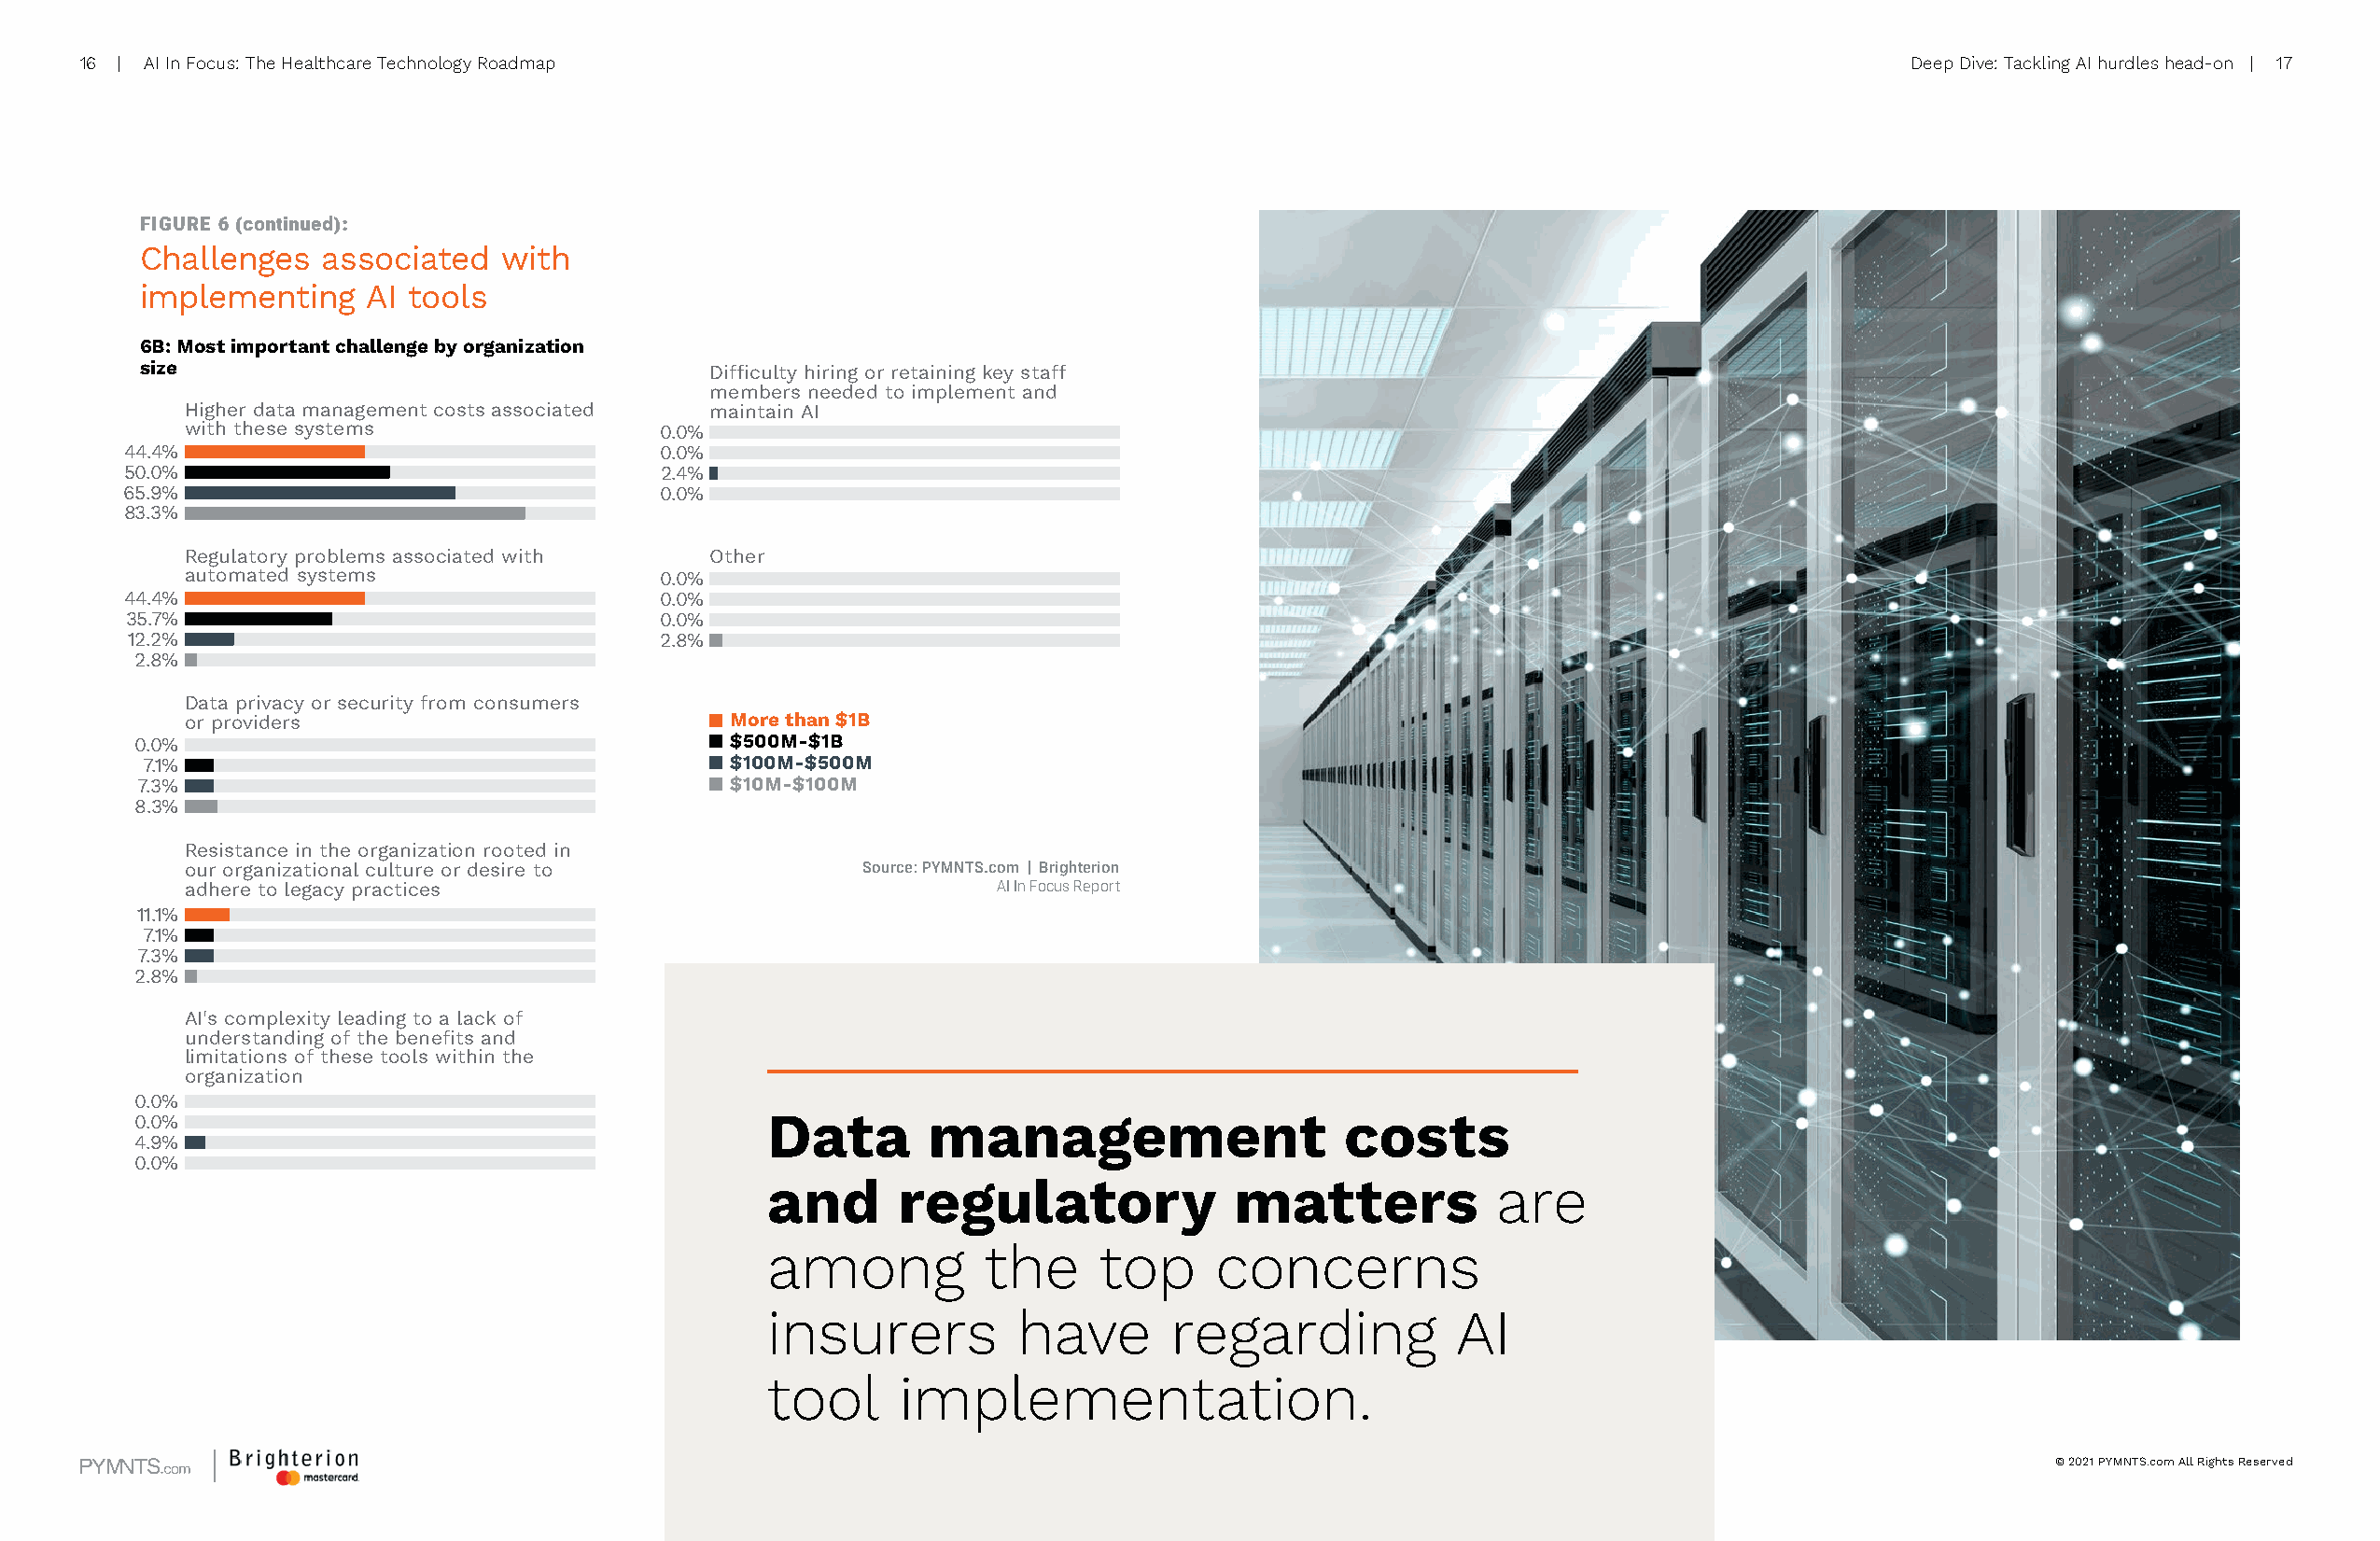
16 | AI In Focus: The Healthcare Technology Roadmap                                                                               Deep Dive: Tackling AI hurdles head-on | 17
 FIGURE 6 (continued):
 Challenges   associated   with
 implementing    AI tools
 6B: Most important challenge by organization
 size                                    Difficulty hiring or retaining key staff
 members needed to implement and
 Higher data management costs associated maintain AI
 with these systems                0.0%
 44.4% 0000000044                      0.0%
 50.0% 0000000050                      2.4% 0000000002
 65.9% 0000000066                      0.0%
 83.3%
 0000000083
 Regulatory problems associated with  Other
 automated systems                 0.0%
 44.4% 0000000044                      0.0%
 35.7% 0000000036                      0.0%
 12.2% 0000000012                      2.8% 0000000003
 2.8%
 0000000003
 Data privacy or security from consumers
 or providers                           More than $1B
 0.0%                                      $500M-$1B
 7.1%                                      $100M-$500M
 0000000007
 7.3%                                      $10M-$100M
 0000000007
 8.3%
 0000000008
 Resistance in the organization rooted in
 our organizational culture or desire to         Source: PYMNTS.com | Brighterion
 adhere to legacy practices                                AI In Focus Report
 11.1%
 0000000011
 7.1%
 0000000007
 7.3%
 0000000007
 2.8%
 0000000003
 AI's complexity leading to a lack of
 understanding of the benefits and
 limitations of these tools within the
 organization
 0.0%
 0.0%                                        Data        management                   costs
 4.9%
 0000000005
 0.0%
 and       regulatory              matters           are
 among           the     top     concerns
 insurers          have       regarding           AI
 tool      implementation.
 © 2021 PYMNTS.com All Rights Reserved